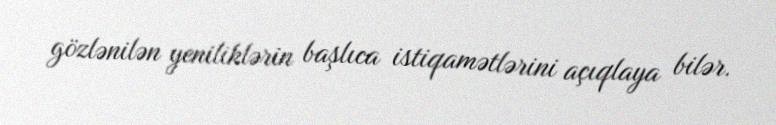
gözlənilən yeniliklərin başlıca istiqamətlərini açıqlaya bilər.